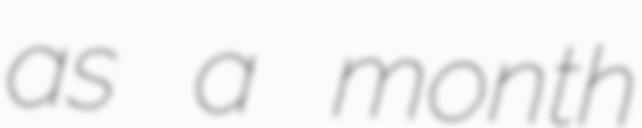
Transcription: as a month